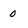
Character: 0